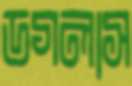
ডগলাস